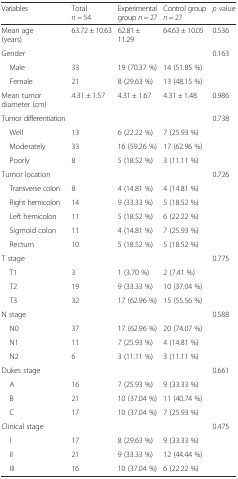
<table><thead><tr><td><b>Variables</b></td><td><b>Total <i>n</i> = 54</b></td><td><b>Experimental group <i>n</i> = 27</b></td><td><b>Control group <i>n</i> = 27</b></td><td><b><i>p</i> value</b></td></tr></thead><tbody><tr><td>Mean age (years)</td><td>63.72 ± 10.63</td><td>62.81 ± 11.29</td><td>64.63 ± 10.05</td><td>0.536</td></tr><tr><td>Gender</td><td></td><td></td><td></td><td>0.163</td></tr><tr><td> Male</td><td>33</td><td>19 (70.37 %)</td><td>14 (51.85 %)</td><td></td></tr><tr><td> Female</td><td>21</td><td>8 (29.63 %)</td><td>13 (48.15 %)</td><td></td></tr><tr><td>Mean tumor diameter (cm)</td><td>4.31 ± 1.57</td><td>4.31 ± 1.67</td><td>4.31 ± 1.48</td><td>0.986</td></tr><tr><td>Tumor differentiation</td><td></td><td></td><td></td><td>0.738</td></tr><tr><td> Well</td><td>13</td><td>6 (22.22 %)</td><td>7 (25.93 %)</td><td rowspan="3"></td></tr><tr><td> Moderately</td><td>33</td><td>16 (59.26 %)</td><td>17 (62.96 %)</td></tr><tr><td> Poorly</td><td>8</td><td>5 (18.52 %)</td><td>3 (11.11 %)</td></tr><tr><td>Tumor location</td><td></td><td></td><td></td><td>0.726</td></tr><tr><td> Transverse colon</td><td>8</td><td>4 (14.81 %)</td><td>4 (14.81 %)</td><td rowspan="5"></td></tr><tr><td> Right hemicolon</td><td>14</td><td>9 (33.33 %)</td><td>5 (18.52 %)</td></tr><tr><td> Left hemicolon</td><td>11</td><td>5 (18.52 %)</td><td>6 (22.22 %)</td></tr><tr><td> Sigmoid colon</td><td>11</td><td>4 (14.81 %)</td><td>7 (25.93 %)</td></tr><tr><td> Rectum</td><td>10</td><td>5 (18.52 %)</td><td>5 (18.52 %)</td></tr><tr><td>T stage</td><td></td><td></td><td></td><td>0.775</td></tr><tr><td> T1</td><td>3</td><td>1 (3.70 %)</td><td>2 (7.41 %)</td><td rowspan="2"></td></tr><tr><td> T2</td><td>19</td><td>9 (33.33 %)</td><td>10 (37.04 %)</td></tr><tr><td> T3</td><td>32</td><td>17 (62.96 %)</td><td>15 (55.56 %)</td><td></td></tr><tr><td>N stage</td><td></td><td></td><td></td><td>0.588</td></tr><tr><td> N0</td><td>37</td><td>17 (62.96 %)</td><td>20 (74.07 %)</td><td rowspan="3"></td></tr><tr><td> N1</td><td>11</td><td>7 (25.93 %)</td><td>4 (14.81 %)</td></tr><tr><td> N2</td><td>6</td><td>3 (11.11 %)</td><td>3 (11.11 %)</td></tr><tr><td>Dukes stage</td><td></td><td></td><td></td><td>0.661</td></tr><tr><td> A</td><td>16</td><td>7 (25.93 %)</td><td>9 (33.33 %)</td><td rowspan="3"></td></tr><tr><td> B</td><td>21</td><td>10 (37.04 %)</td><td>11 (40.74 %)</td></tr><tr><td> C</td><td>17</td><td>10 (37.04 %)</td><td>7 (25.93 %)</td></tr><tr><td>Clinical stage</td><td></td><td></td><td></td><td>0.475</td></tr><tr><td> I</td><td>17</td><td>8 (29.63 %)</td><td>9 (33.33 %)</td><td></td></tr><tr><td> II</td><td>21</td><td>9 (33.33 %)</td><td>12 (44.44 %)</td><td></td></tr><tr><td> III</td><td>16</td><td>10 (37.04 %)</td><td>6 (22.22 %)</td><td></td></tr></tbody></table>